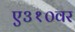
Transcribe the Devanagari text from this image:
ए३१०वर